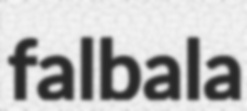
falbala